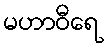
မဟာဝီရေ